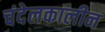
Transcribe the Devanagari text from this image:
चंदेलकालीन